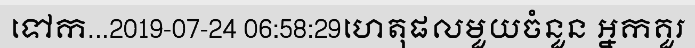
ទៅក...2019-07-24 06:58:29ហេតុផលមួយចំនួន អ្នកគួរ